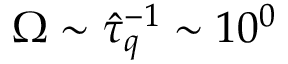
\Omega \sim \hat { \tau } _ { q } ^ { - 1 } \sim 1 0 ^ { 0 }